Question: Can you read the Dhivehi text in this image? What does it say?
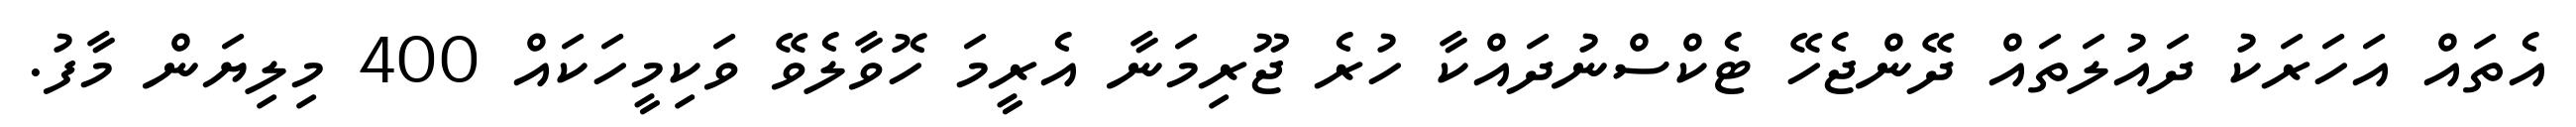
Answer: އެތައް އަހަރަކު ދައުލަތައް ދޭންޖެހޭ ޓެކްސްނުދައްކާ ހުރެ ޖޫރިމަނާ އެރީމަ ހޮވާލެވޭ ވަކިމީހަކައް 400 މިލިޔަން މާފު.